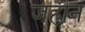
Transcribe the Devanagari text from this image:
जहीन